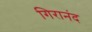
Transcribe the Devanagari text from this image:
गिरानंद